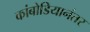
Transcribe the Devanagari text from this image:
कांबोडियानंतर